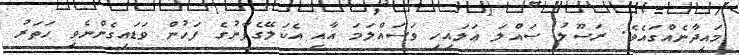
މައިދާނެއްގައެވެ. ރަސޫލު ޞައްލަ ޢަލައިހި ވަސައްލަމަ އާއި އެކަލޭގެފާނުގެ ފަހުން ވަޑައިގެންނެވި ހަތަރު